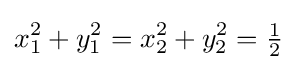
x_{1}^{2}+y_{1}^{2}=x_{2}^{2}+y_{2}^{2}={\tfrac {1}{2}}